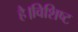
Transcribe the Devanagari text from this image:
है।विशिष्ट